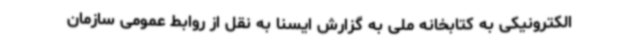
الکترونیکی به کتابخانه ملی به گزارش ایسنا به نقل از روابط عمومی سازمان